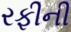
રફીની